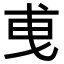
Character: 𢦣